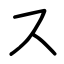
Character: ス